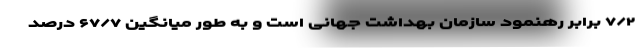
۷/۲ برابر رهنمود سازمان بهداشت جهانی است و به طور میانگین ۶۷/۷ درصد